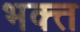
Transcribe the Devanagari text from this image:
भक्त्त